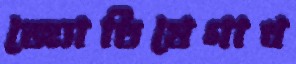
জ্যোতিষেগাধ